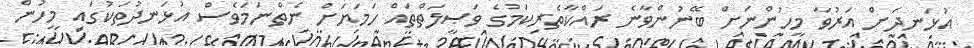
އުޅަނދަށް އަރުވާ މީހުންނަށް ބޭނުންވާނެ ރައްކާތެރިކަމުގެ ވަޞީލަތްތައް ހަމަޔަށް ނެތްނަމަވެސް އުޅަނދުތަކުގައި މީހުން